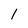
Character: 1